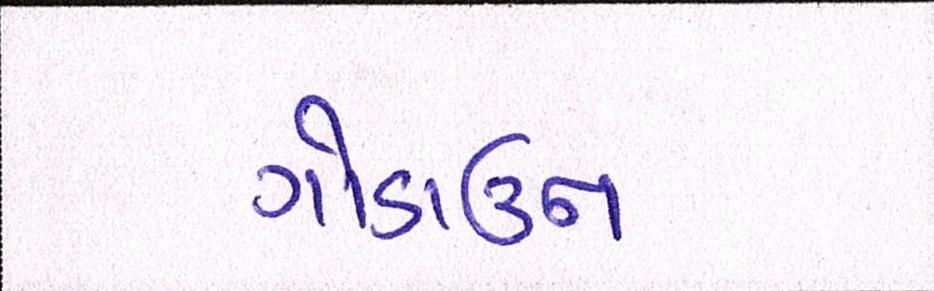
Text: ગોડાઉન